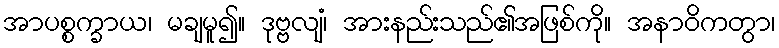
အာပစ္စက္ခာယ၊ မချမူ၍။ ဒုဗ္ဗလျံ၊ အားနည်းသည်၏အဖြစ်ကို။ အနာဝိကတွာ၊